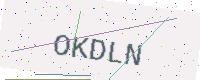
Text: OKDLN